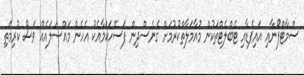
ސްމާޓްފޯނާއި އައިޕެޑާއި ޓެބްލެޓްތަކުން މުއާމަލާތްކުރުމަށް ގެނެސްދިން ފަސޭހަކަމާއެކު އެހެން މައްސަލައެއް ވެސް ކުރިމަތި